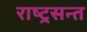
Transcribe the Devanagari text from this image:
राष्ट्रसन्त